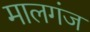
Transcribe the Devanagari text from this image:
मालगंज